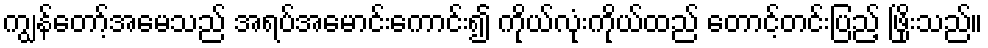
ကျွန်တော့်အမေသည် အရပ်အမောင်းကောင်း၍ ကိုယ်လုံးကိုယ်ထည် တောင့်တင်းပြည့် ဖြိုးသည်။